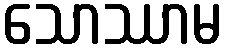
သောဿာမ